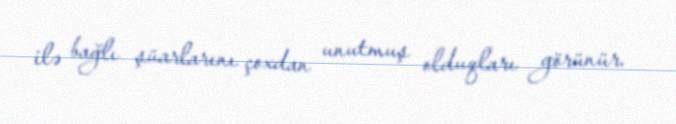
ilə bağlı şüarlarını çoxdan unutmuş olduqları görünür.